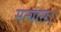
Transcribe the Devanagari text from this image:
सन्यास।